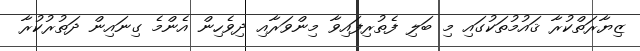
ޒިޔާރަތްކުރާ ޤައުމުތަކުގައި މި ބަލި ފެތުރިފައިވާ މިންވަރާއި ދިވެހިން އެންމެ ގިނައިން ދަތުރުކުރާ